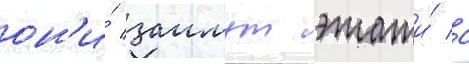
он'и́ заимут этажи́ с